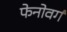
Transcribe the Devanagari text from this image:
फेनोवर्ग